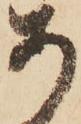
あ